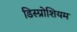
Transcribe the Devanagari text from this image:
डिस्प्रोशियम